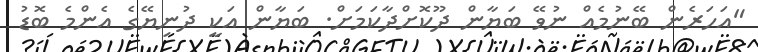
"އަހަރެން ބޭނުމެއް ނުވޭ ބަޔާން ދޫކޮށްދާކަމަށް. ބަޔާން އަކީ ދުނިޔޭގެ އެންމެ ބޮޑު